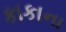
કાકાના